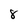
Character: 8